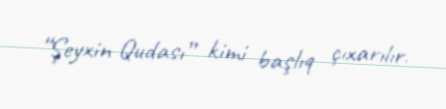
“Şeyxin Qudası” kimi başlıq çıxarılır.